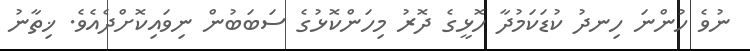
ނުވެ ހުންނަ ހިނދު ކުޑަކަމުދާ ހޮޅީގެ ދޮރު މިހަންކޮޅުގެ ސަބަބުން ނިވައިކޮށްދެއެވެ. ޚިތާނު